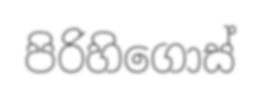
පිරිහිගොස්